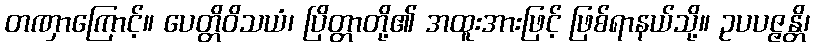
တဏှာကြောင့်။ ပေတ္တိဝိသယံ၊ ပြိတ္တာတို့၏ အထူးအားဖြင့် ဖြစ်ရာနယ်သို့။ ဥပပဇ္ဇန္တိ၊